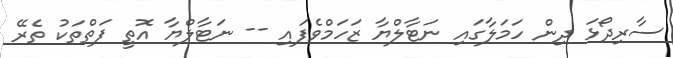
ސާރިދޯޅަ ދިން ހަމަލާގައި ނަޓާލްޔާ ޒަހަމްވެފައި -- ނަޓާލްޔާ އޮތީ ފަތްތަކު ތެރޭ